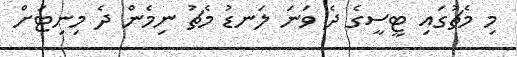
މި މެޗުގައި ޓީސީގެ ދެ ވަނަ ލަނޑު މެޗު ނިމެން ދެ މިނިޓަށް